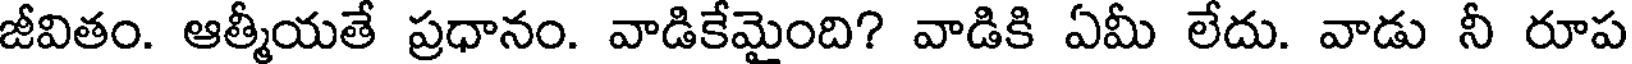
జీవితం. ఆత్మీయతే ప్రధానం. వాడికేమైంది? వాడికి ఏమీ లేదు. వాడు నీ రూప